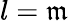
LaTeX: l=\mathfrak{m}